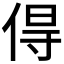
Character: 𠊚